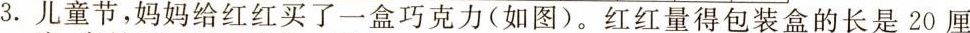
3.儿童节，妈给红红买了一盒巧克力(如图)。红红量得包装盒的长是20厘